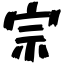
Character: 宗